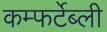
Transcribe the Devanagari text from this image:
कम्फर्टेब्ली